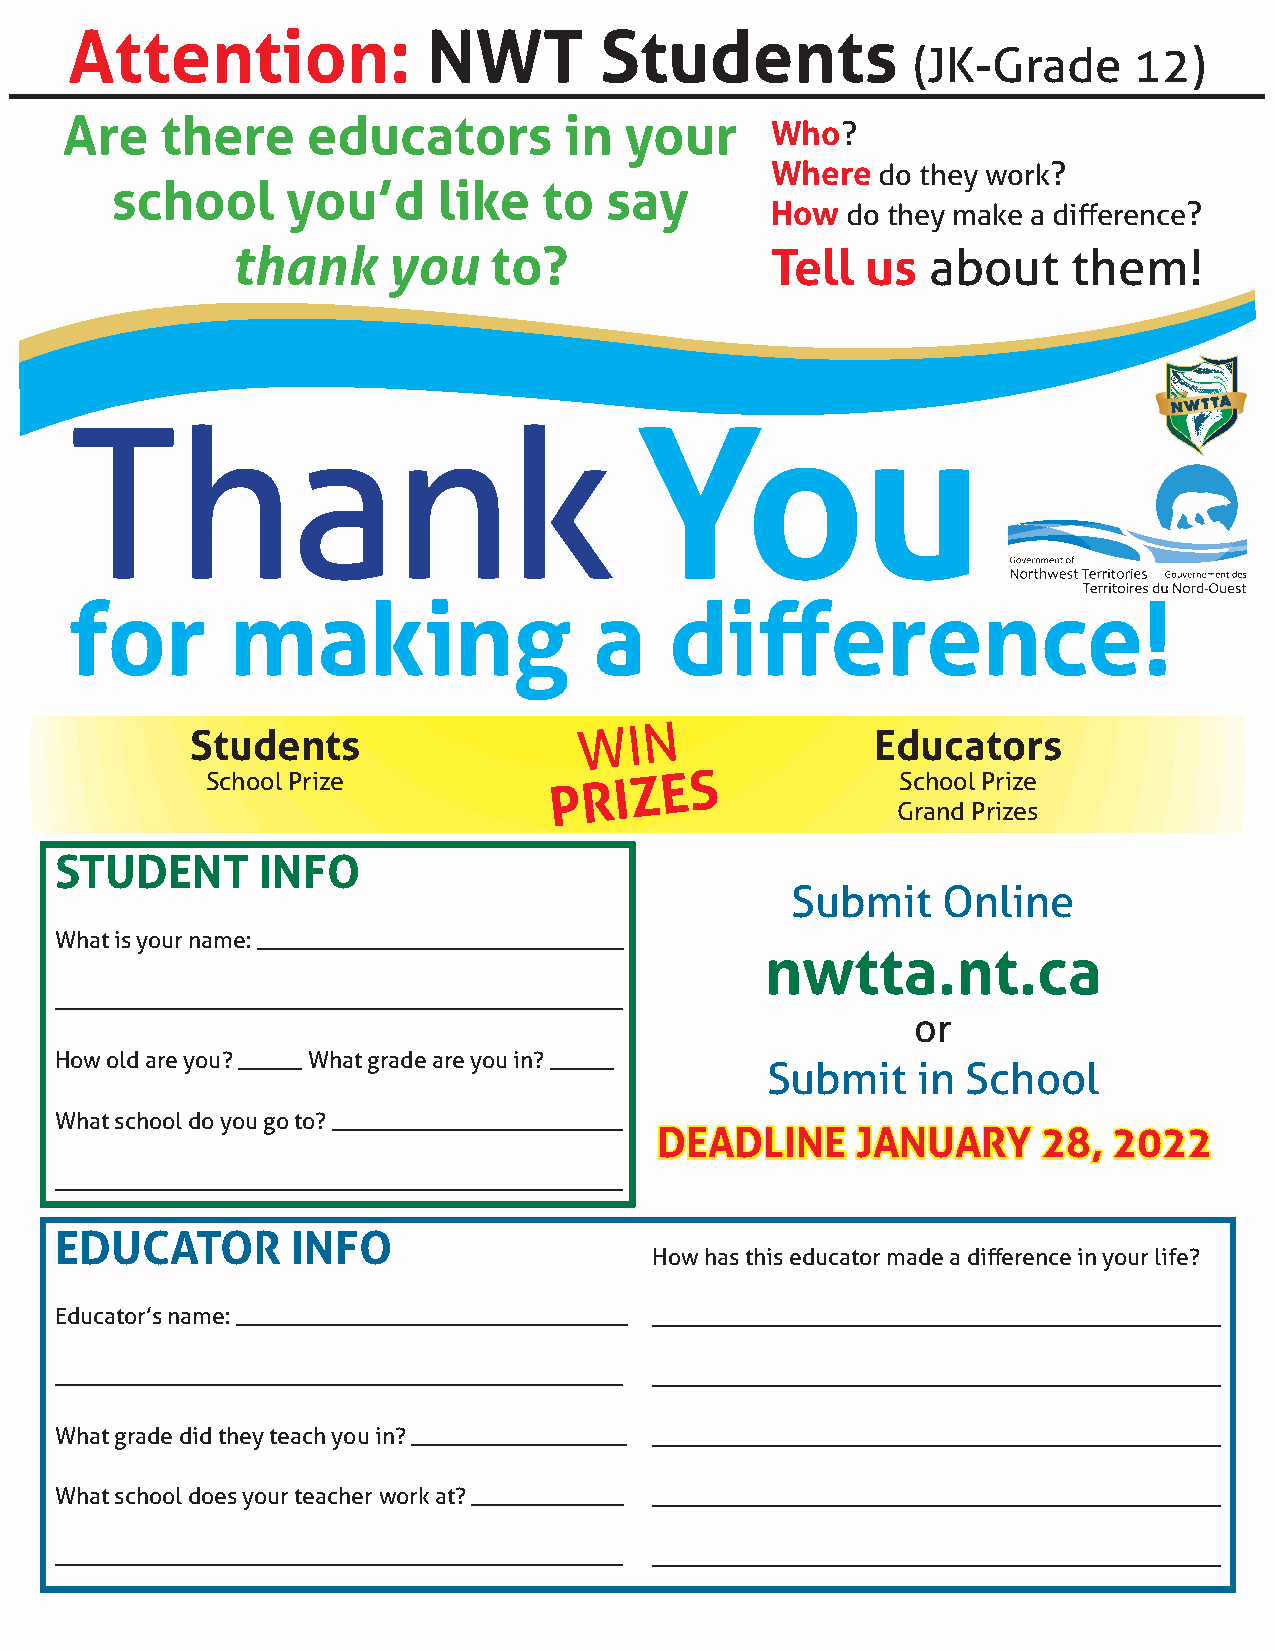
Attention:             NWT         Students
 (JK-Grade      12)
 Are    there    educators        in  your
 Who?
 Where  do they work?
 school      you’d     like   to  say
 How  do they make a diff erence?
 thank      you   to?                Tell  us   about    them!
 Thank                                You
 for       making                  a    diff       erence!
 Students
 WIN
 Educators
 School Prize           PRIZES                 School Prize
 Grand Prizes
 STUDENT      INFO
 Submit    Online
 What is your name: _____________________________
 nwtta.nt.ca
 _____________________________________________
 or
 How old are you? _____ What grade are you in? _____
 Submit    in School
 What school do you go to? _______________________
 DDEEAADDLLIINNEE JJAANNUUAARRYY 2288,, 22002222
 _____________________________________________
 EDUCATOR       INFO
 How has this educator made a diff erence in your life?
 Educator’s name: _______________________________ _____________________________________________
 _____________________________________________ _____________________________________________
 What grade did they teach you in? _________________ _____________________________________________
 What school does your teacher work at? ____________ _____________________________________________
 _____________________________________________ _____________________________________________